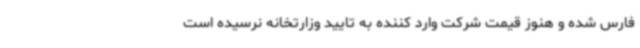
فارس شده و هنوز قیمت شرکت وارد کننده به تایید وزارتخانه نرسیده است